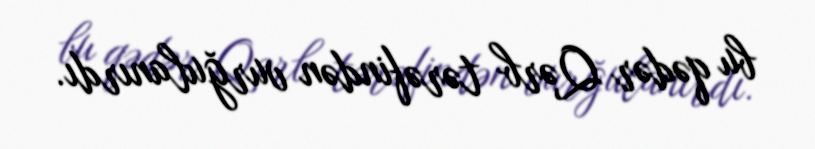
bu qədər Qərb tərəfindən vurğulanırdı.